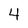
Character: 4